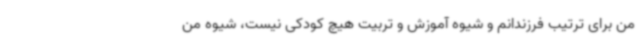
من برای ترتیب فرزندانم و شیوه آموزش و تربیت هیچ کودکی نیست، شیوه من